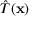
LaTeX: { \hat { T } } ( \mathbf { x } )